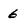
Character: 6